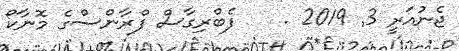
ޖެނުއަރީ 3